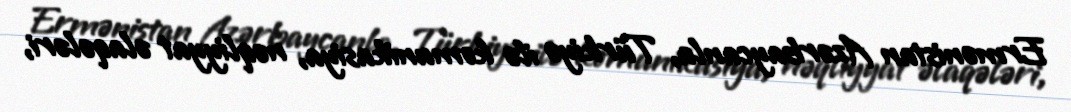
Ermənistan Azərbaycanla, Türkiyə ilə komunikasiya, nəqliyyat əlaqələri,